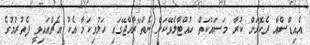
އެއިޑްސްއާ ދެކޮޅަށް ކުރާ މަސައްކަތް ހުއްޓާލެވޭކަށް ނެތް"ރާއްޖޭގައި ހަލުވިކަމާ އެކު އެޗްއައިވީ ފެތުރުމުގެ